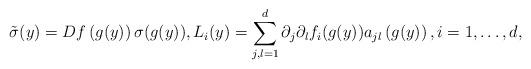
LaTeX: \begin{align*}\tilde{\sigma}(y)=Df\left(g(y)\right)\sigma(g(y)),L_i(y)=\sum_{j,l=1}^d\partial_j\partial_l f_i(g(y))a_{jl}\left(g(y)\right),i=1,\dots,d,\end{align*}